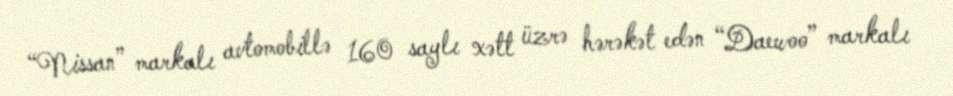
“Nissan” markalı avtomobillə 160 saylı xətt üzrə hərəkət edən “Daewoo” markalı